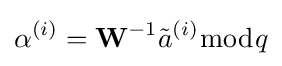
\alpha ^{(i)}={\textbf {W}}^{-1}{\tilde {a}}^{(i)}{\bmod {q}}